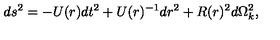
d s ^ { 2 } = - U ( r ) d t ^ { 2 } + U ( r ) ^ { - 1 } d r ^ { 2 } + R ( r ) ^ { 2 } d \Omega _ { k } ^ { 2 } ,